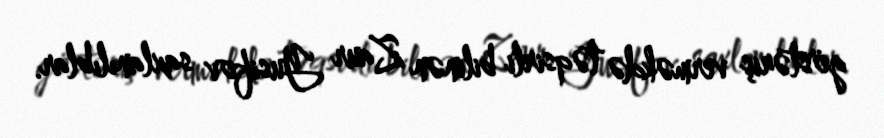
göstəriş verməkdə təqsirli bilinən Zaur Yusifov saxlanılıblar.